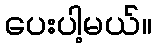
ပေးပါ့မယ်။